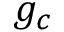
g _ { c }